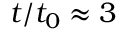
t / t _ { 0 } \approx 3